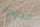
الخاسرة